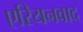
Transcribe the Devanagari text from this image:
एरियनवाद